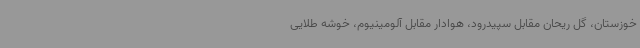
خوزستان، گل ریحان مقابل سپیدرود، هوادار مقابل آلومینیوم، خوشه طلایی